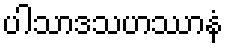
ပါသာဒသဟဿာနံ